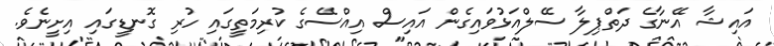
އައިޝާ އޭނާގެ ދަތްޕިލާ ސޭލްއަޅުވައިގެން އައިސް އިއްސޭގެ ކުރިމަތީގައި ހުރި ގޮނޑީގައި އިށީނެވެ.